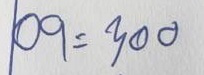
09 = 300